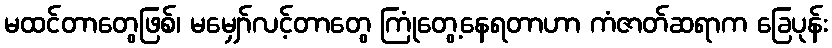
မထင်တာတွေဖြစ်၊ မမျှော်လင့်တာတွေ ကြုံတွေ့နေရတာဟာ ကံဇာတ်ဆရာက ခြေပုန်း